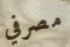
مصرفي